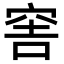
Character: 𥥭